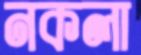
নকলা